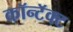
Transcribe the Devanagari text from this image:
कॉन्टॅक्ट